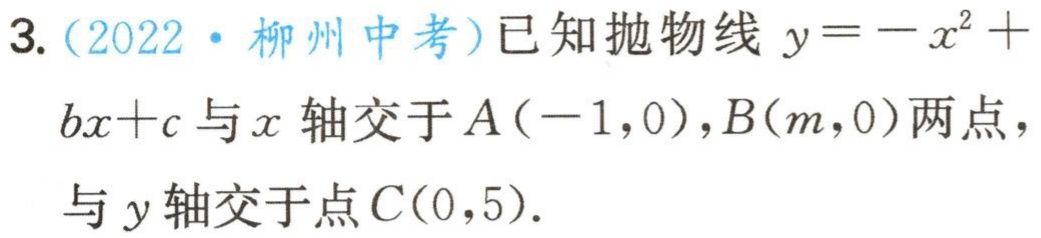
3.（2022·柳州中考）已知抛物线\(y = -x^{2}+bx + c\)与\(x\)轴交于\(A(-1,0)\)，\(B(m,0)\)两点，与\(y\)轴交于点\(C(0,5)\).